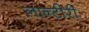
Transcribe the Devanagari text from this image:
लान्टीरी